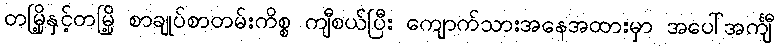
တမြို့နှင့်တမြို့ စာချုပ်စာတမ်းကိစ္စ ကျီစယ်ပြီး ကျောက်သားအနေအထားမှာ အပေါ်အင်္ကျီ